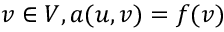
v \in V , a ( u , v ) = f ( v )